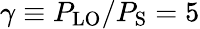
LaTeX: \gamma\equiv P_{\mathrm{LO}}/P_{\mathrm{S}}=5